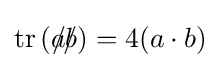
\operatorname {tr} \left({a\!\!\!/}{b\!\!\!/}\right)=4(a\cdot b)